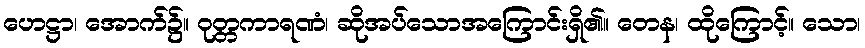
ဟေဋ္ဌာ၊ အောက်၌။ ဝုတ္တကာရဏံ၊ ဆိုအပ်သောအကြောင်းရှိ၏။ တေန၊ ထိုကြောင့်။ သော၊